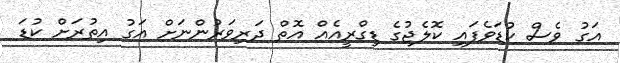
އަގު ވެސް ކުޑަވެފައި ކޮލެޖުގެ ޑިގްރީއެއް އޮތް ދަރިވަރުންނަށް އަގު އިތުރަށް ކުޑަ